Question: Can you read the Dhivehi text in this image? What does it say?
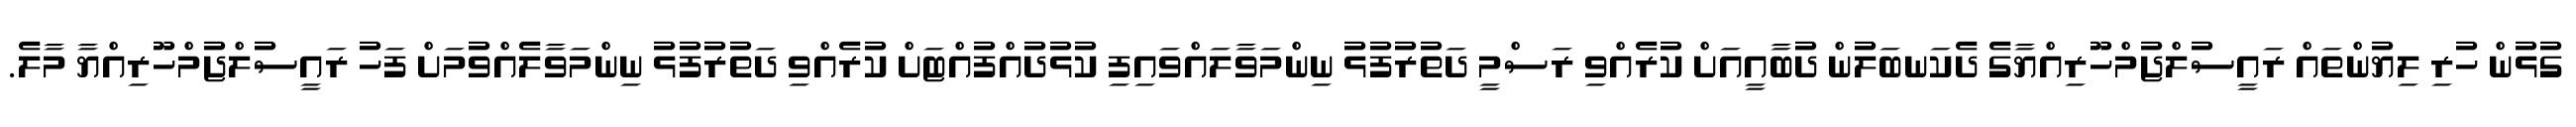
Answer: ގުޅުން ހުރި ލިޔުންތައް ރައީސުލްޖުމްހޫރިއްޔާގެ ދެކަނބަލުން ދުބާއީއަށް ކުރެއްވި ރަސްމީ ދަތުރުފުޅު ނިންމަވާލައްވައިފި ކުޅުދުއްފުއްޓަށް ކުރެއްވި ދަތުރުފުޅު ނިންމަވާލެއްވުމަށް ފަހު ރައީސުލްޖުމްހޫރިއްޔާ މާލެ.